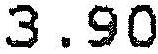
3.90